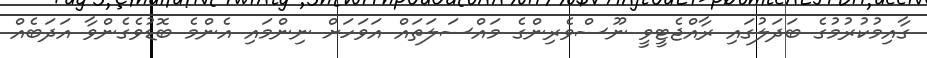
ގާއިމުކުރުމުގެ ބަދަލުގައި ރާއްޖެޓީވީ ނޫސްވެރިންގެ މައްސަލަތައް އަވަހަށް ނިންމައި އެންމެ ބޮޑުވެގެންވާ އަދަބެއް